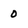
Character: 0